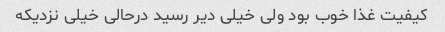
کیفیت غذا خوب بود ولی خیلی دیر رسید درحالی خیلی نزدیکه